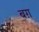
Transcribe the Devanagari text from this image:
बग़